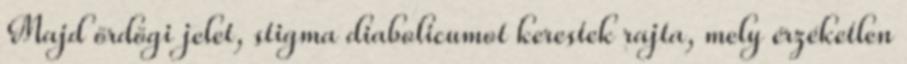
Majd ördögi jelet, stigma diabolicumot kerestek rajta, mely érzéketlen